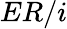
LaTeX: ER/i